Leprosy in India: report of the Leprosy Commission in India, 1890-91
Year: 1890
Disease focus: Leprosy
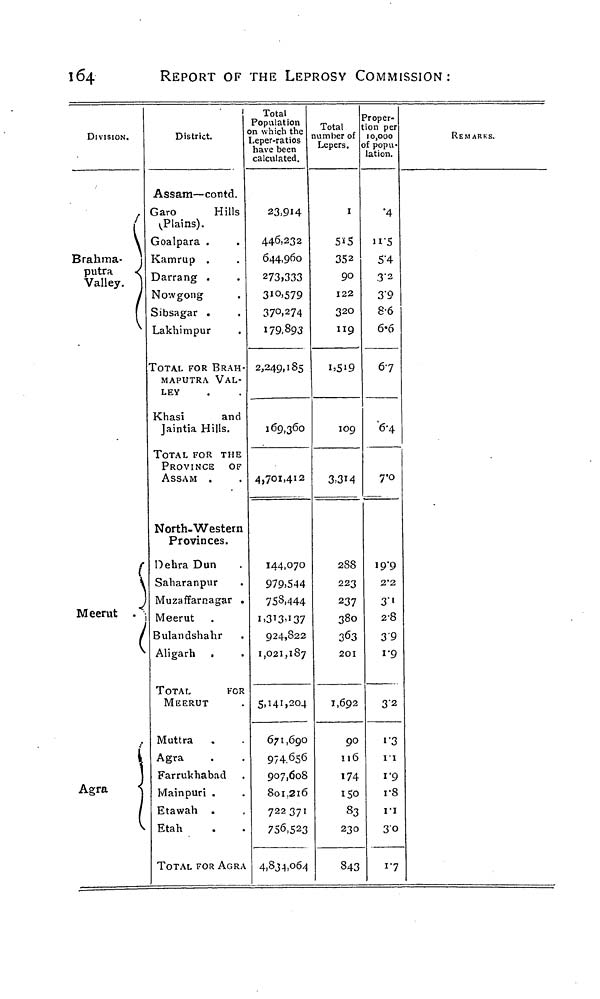
164
REPORT OF THE LEPROSY COMMISSION:
DIVISION.
/
\
Brahma- ]
putra
<
Valley. ]
f
{
Meerut
(
Agra
1
District.
Assam—contd.
Garo
Hillŝ
Plains).
Goalpara .
Kamrup .
Darrang .
Nowgong
Sibsagar .
Lakhimpur
TOTAL FOR BRAH-
MAPUTRA VAL-
LEY
Khasi
and
Jaintia Hills.
TOTAL FOR THE
PROVINCE OF
ASSAM .
North-Western
Provinces.
Oehra Dun
Saharanpur
Muzaffarnagar .
Meerut
Bulandshahr
Aligarh .
TOTAL
FOR
MEERUT
Muttra
Agra
Farrukhabad
Mainpuri .
Etawah .
Etah
TOTAL FOR AGRA
Total
Population
on which the
Leper-ratios
have been
calculated.
23,9H
446-232
644,960
273)333
3io>579
37 0 .274
179,893
2,249,185
169,360
4,701,412
144,070
979.544
75S.444
i.3'3'i37
924,822
1,021,187
5.HI.2O4
671,690
974 656
907,608
801,216
722 371
756>5
2 3
4,834,064
Total
number of
Lepers.
I
5*5
352
90
122
320
119
109
3,3M
288
223
237
380
363
201
1,692
90
116
174
ISO
83
230
843
'roper-
ion per
10,000
f popu-
lation.
'4
>i'5
5'4
3-2
3-9
8-6
6-6
67
6-4
7'o
19-9
2*2
3"<
2-8
39
1-9
3'2
i"3
11
1-9
vS
ri
30
17
REMARKS.